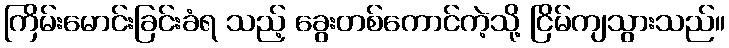
ကြိမ်းမောင်းခြင်းခံရ သည့် ခွေးတစ်ကောင်ကဲ့သို့ ငြိမ်ကျသွားသည်။